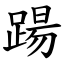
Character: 踼